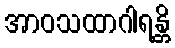
အာဝသထာဂါရန္တိ